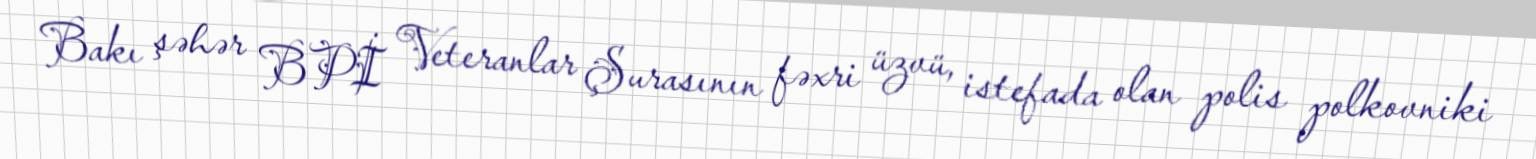
Bakı şəhər BPİ Veteranlar Şurasının fəxri üzvü, istefada olan polis polkovniki